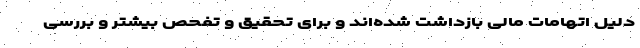
دلیل اتهامات مالی بازداشت شده‌اند و برای تحقیق و تفحص بیشتر و بررسی